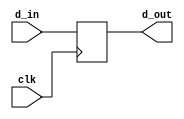
/*
 *	Copyright (C) 2011  Kiel Friedt
 *
 *    This program is free software: you can redistribute it and/or modify
 *    it under the terms of the GNU General Public License as published by
 *    the Free Software Foundation, either version 3 of the License, or
 *    (at your option) any later version.
 *
 *    This program is distributed in the hope that it will be useful,
 *    but WITHOUT ANY WARRANTY; without even the implied warranty of
 *    MERCHANTABILITY or FITNESS FOR A PARTICULAR PURPOSE.  See the
 *    GNU General Public License for more details.
 *
 *    You should have received a copy of the GNU General Public License
 *    along with this program.  If not, see <http://www.gnu.org/licenses/>.
 */
 //authors Kiel Friedt, Kevin McIntosh,Cody DeHaan
 module flipflop (clk, d_in, d_out);
	//Input: Assume that input is defaulted to wires
	//Outputs: Are registers
	
	input clk;
	input d_in;
	output d_out;
	reg d_out;
	
	always @(posedge clk)
	begin
		d_out <= d_in;
	end

endmodule